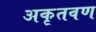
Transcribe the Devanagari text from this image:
अकृतवण